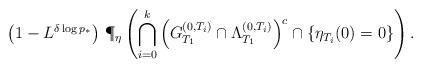
LaTeX: \begin{align*}\left(1-L^{\delta \log p_{*}} \right) \, \P_\eta \left(\bigcap_{i=0}^{k} \left(G^{(0, T_i)}_{T_1} \cap \Lambda^{(0,T_i)}_{T_1} \right)^c \cap \{\eta_{T_i}(0)=0\} \right).\end{align*}